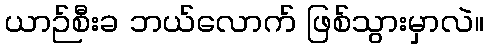
ယာဉ်စီးခ ဘယ်လောက် ဖြစ်သွားမှာလဲ။